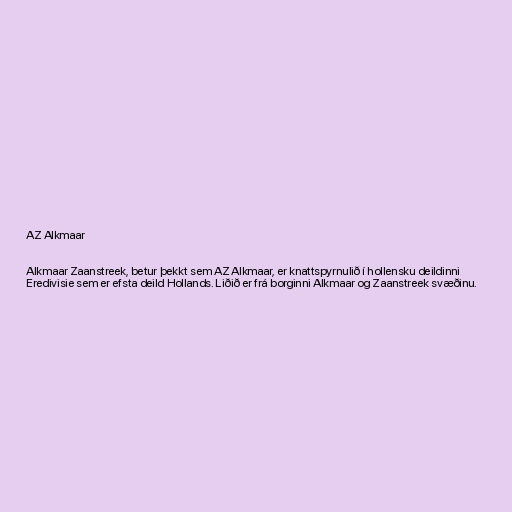
AZ Alkmaar

Alkmaar Zaanstreek, betur þekkt sem AZ Alkmaar, er knattspyrnulið í hollensku deildinni
Eredivisie sem er efsta deild Hollands. Liðið er frá borginni Alkmaar og Zaanstreek svæðinu.